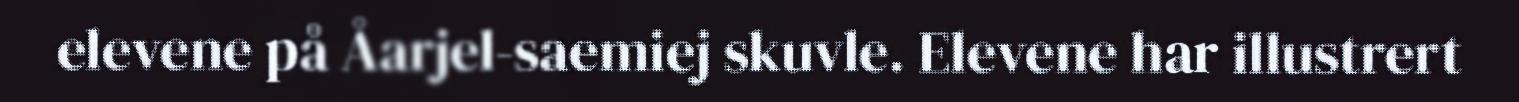
elevene på Åarjel-saemiej skuvle. Elevene har illustrert